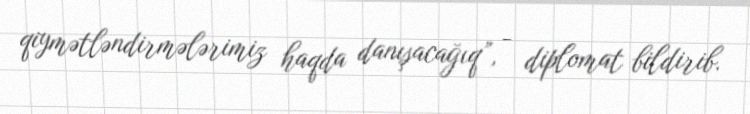
qiymətləndirmələrimiz haqda danışacağıq”, - diplomat bildirib.